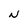
Character: N